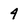
Character: 4